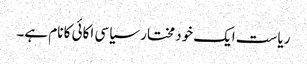
ریاست ایک خود مختار سیاسی اکائی کا نام ہے۔